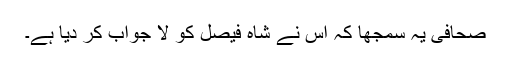
صحافی یہ سمجھا کہ اس نے شاہ فیصل کو لا جواب کر دیا ہے۔